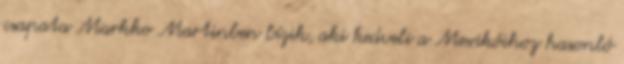
csapata Markko Martinben bízik, aki kedveli a Mexikóihoz hasonló